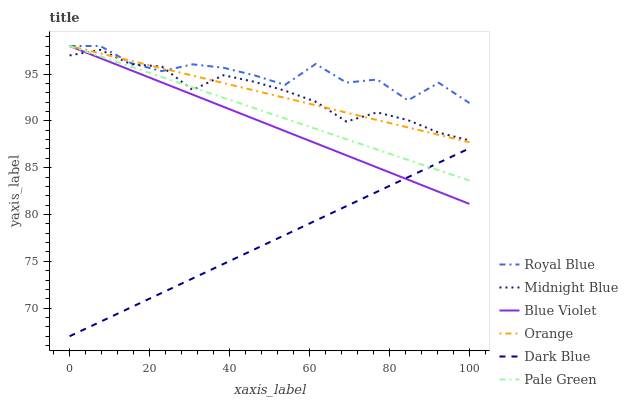
| xaxis_label | Royal Blue | Midnight Blue | Blue Violet | Orange | Dark Blue | Pale Green |
 | --- | --- | --- | --- | --- | --- | --- |
 | 0 | 98 | 97 | 98 | 98 | 67 | 98 |
 | 7.69 | 98 | 97.6 | 96.7 | 97.2 | 68.5 | 96.9 |
 | 15.4 | 96.2 | 96.1 | 95.4 | 96.4 | 70.1 | 95.8 |
 | 23.1 | 95.3 | 95.8 | 94.1 | 95.6 | 71.6 | 94.7 |
 | 30.8 | 96 | 93.3 | 92.8 | 94.8 | 73.2 | 93.6 |
 | 38.5 | 95.7 | 94.9 | 91.5 | 94 | 74.7 | 92.5 |
 | 46.2 | 94.9 | 94.2 | 90.2 | 93.3 | 76.3 | 91.4 |
 | 53.8 | 93.8 | 93.2 | 88.9 | 92.5 | 77.8 | 90.3 |
 | 61.5 | 96.1 | 92.1 | 87.6 | 91.7 | 79.4 | 89.2 |
 | 69.2 | 94.1 | 89.9 | 86.3 | 90.9 | 80.9 | 88 |
 | 76.9 | 94.4 | 90.9 | 85 | 90.1 | 82.4 | 86.9 |
 | 84.6 | 92.2 | 90.1 | 83.7 | 89.3 | 84 | 85.8 |
 | 92.3 | 94.1 | 88.7 | 82.4 | 88.5 | 85.5 | 84.7 |
 | 100 | 91.9 | 87.9 | 81.1 | 87.7 | 87.1 | 83.6 |